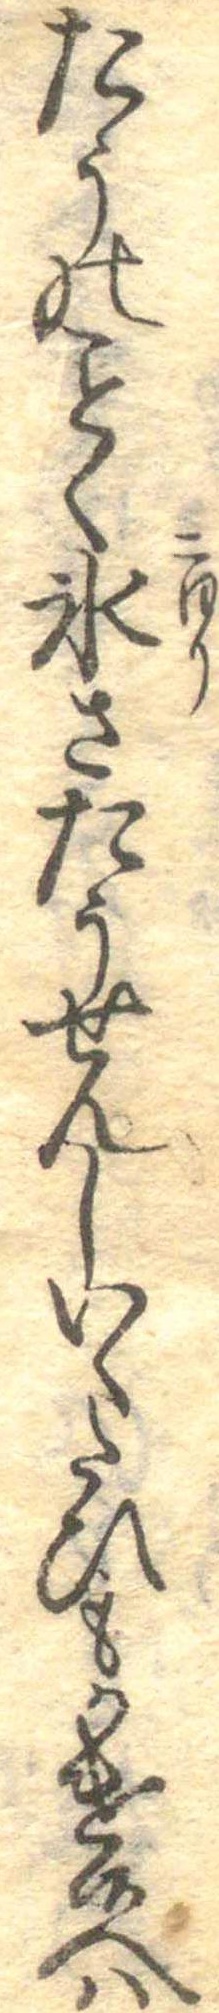
たうのく氷さたうせんしいくたひもかけ候へは